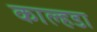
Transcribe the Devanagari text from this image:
काल्हडा